Report of the Bombay Veterinary College
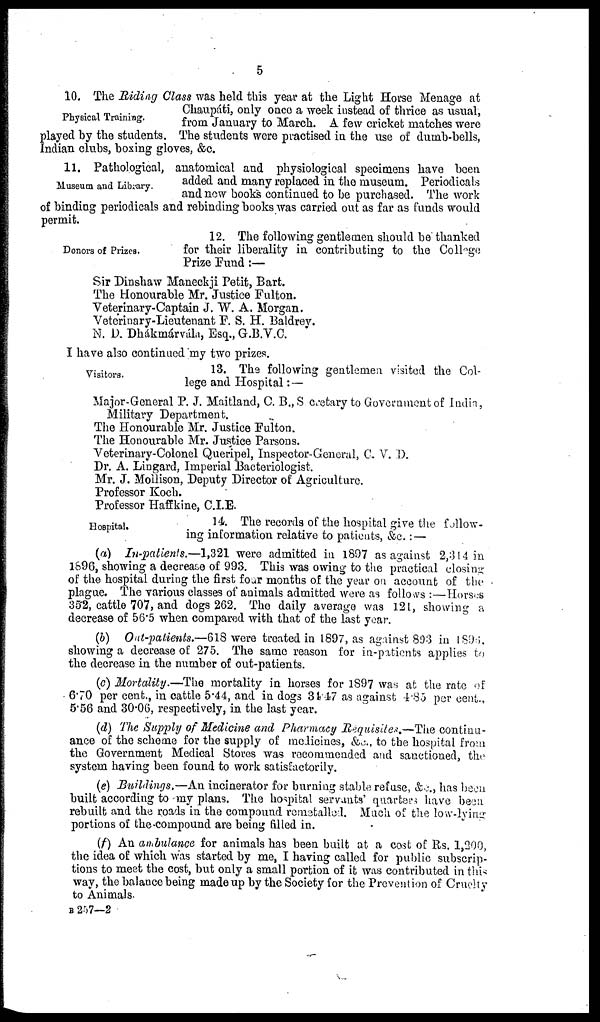
5
Physical Training.
10. The Riding Class was held this year at the Light Horse Menage at
Chaupáti, only once a week instead of thrice as usual,
from January to March. A few cricket matches were
played by the students. The students were practised in the use of dumb-bells,
Indian clubs, boxing gloves, &c.
Museum and Library.
11. Pathological, anatomical and physiological specimens have been
added and many replaced in the museum. Periodicals
and new books continued to be purchased. The work
of binding periodicals and rebinding books was carried out as far as funds would
permit.
Donors of Prizes.
12. The following gentlemen should be thanked
for their liberality in contributing to the College
Prize Fund :—
Sir Dinshaw Maneckji Petit, Bart.
The Honourable Mr. Justice Fulton.
Veterinary-Captain J. W. A. Morgan.
Veterinary-Lieutenant F. S. H. Baldrey.
N. D. Dhákmárvála, Esq., G.B.V.C.
I have also continued my two prizes.
Visitors.
13. The following gentlemen visited the Col-
lege and Hospital :—
Major-General P. J. Maitland, C. B., Secretary to Government of India,
Military Department.
The Honourable Mr. Justice Fulton.
The Honourable Mr. Justice Parsons.
Veterinary-Colonel Queripel, Inspector-General, C. V. D.
Dr. A. Lingard, Imperial Bacteriologist.
Mr. J. Mollison, Deputy Director of Agriculture.
Professor Koch.
Professor Haffkine, C.I.E.
Hospital.
14. The records of the hospital give the follow-
ing information relative to patients, &c. :—
(a) In-patients.—1,321 were admitted in 1897 as against 2,314 in
1896, showing a decrease of 993. This was owing to the practical closing
of the hospital during the first four months of the year on account of the
plague. The various classes of animals admitted were as follows :—Horses
352, cattle 707, and dogs 262. The daily average was 121, showing a
decrease of 56.5 when compared with that of the last year.
(b) Out-patients.—618 were treated in 1897, as against 893 in 1896.
showing a decrease of 275. The same reason for in-patients applies to
the decrease in the number of out-patients.
(c) Mortality.—The mortality in horses for 1897 was at the rate of
6.70 per cent., in cattle 5.44, and in dogs 34.47 as against 4.85 per cent.,
5.56 and 30.06, respectively, in the last year.
(d) The Supply of Medicine and Pharmacy Requisites.—The continu-
ance of the scheme for the supply of medicines, &c., to the hospital from
the Government Medical Stores was recommended and sanctioned, the
system having been found to work satisfactorily.
(e) Buildings.—An incinerator for burning stable refuse, &c., has been
built according to my plans. The hospital servants' quarters have been
rebuilt and the roads in the compound remetalled. Much of the low-lying
portions of the compound are being filled in.
(f) An ambulance for animals has been built at a cost of Rs. 1,200,
the idea of which was started by me, I having called for public subscrip-
tions to meet the cost, but only a small portion of it was contributed in this
way, the balance being made up by the Society for the Prevention of Cruelty
to Animals.
B 257—2